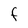
Character: F